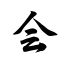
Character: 会